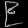
Digit: ၉